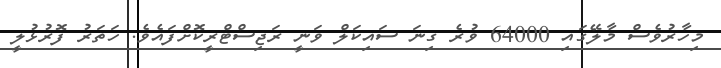
މިހާރުވެސް މާލޭގައި 64000 ވުރެ ގިނަ ސައިކަލް ވަނީ ރަޖިސްޓްރީކޮށްފައެވެ. ހަތަރު ފޮރުޅުލީ